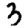
Digit: 3